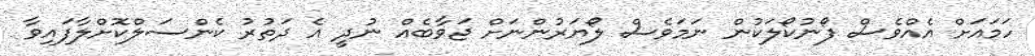
ހަމައަށް އެއްވެސް ފޯނުކޯލަކުން ނަމަވެސް ލޯޔަރުންނަށް ޖަވާބެއް ނުދީ އެ ދަތުރު ކެންސަލްކޮށްލާފައިވާ